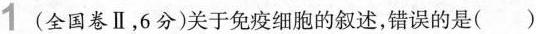
1(全国卷Ⅱ，6分)关于免疫细胞的叙述，错误的是( )